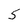
Character: 5